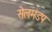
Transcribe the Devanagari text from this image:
सेलमंडप